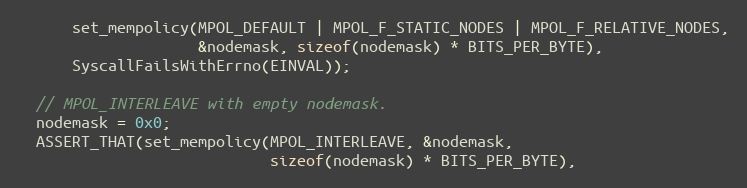
Language: C++
      set_mempolicy(MPOL_DEFAULT | MPOL_F_STATIC_NODES | MPOL_F_RELATIVE_NODES,
                    &nodemask, sizeof(nodemask) * BITS_PER_BYTE),
      SyscallFailsWithErrno(EINVAL));

  // MPOL_INTERLEAVE with empty nodemask.
  nodemask = 0x0;
  ASSERT_THAT(set_mempolicy(MPOL_INTERLEAVE, &nodemask,
                            sizeof(nodemask) * BITS_PER_BYTE),